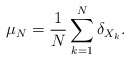
\begin{align*}\mu_N=\frac1N\sum_{k=1}^N \delta_{X_k}.\end{align*}